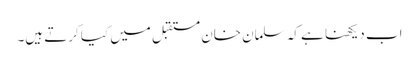
اب دیکھنا ہے کہ سلمان خان مستقبل میں کیا کرتے ہیں۔